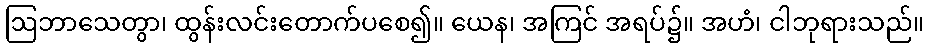
ဩဘာသေတွာ၊ ထွန်းလင်းတောက်ပစေ၍။ ယေန၊ အကြင် အရပ်၌။ အဟံ၊ ငါဘုရားသည်။